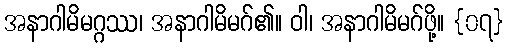
အနာဂါမိမဂ္ဂဿ၊ အနာဂါမိမဂ်၏။ ဝါ၊ အနာဂါမိမဂ်ဖို့။ {၀၇}